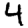
Digit: 4